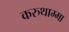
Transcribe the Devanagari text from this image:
करुथाम्मा